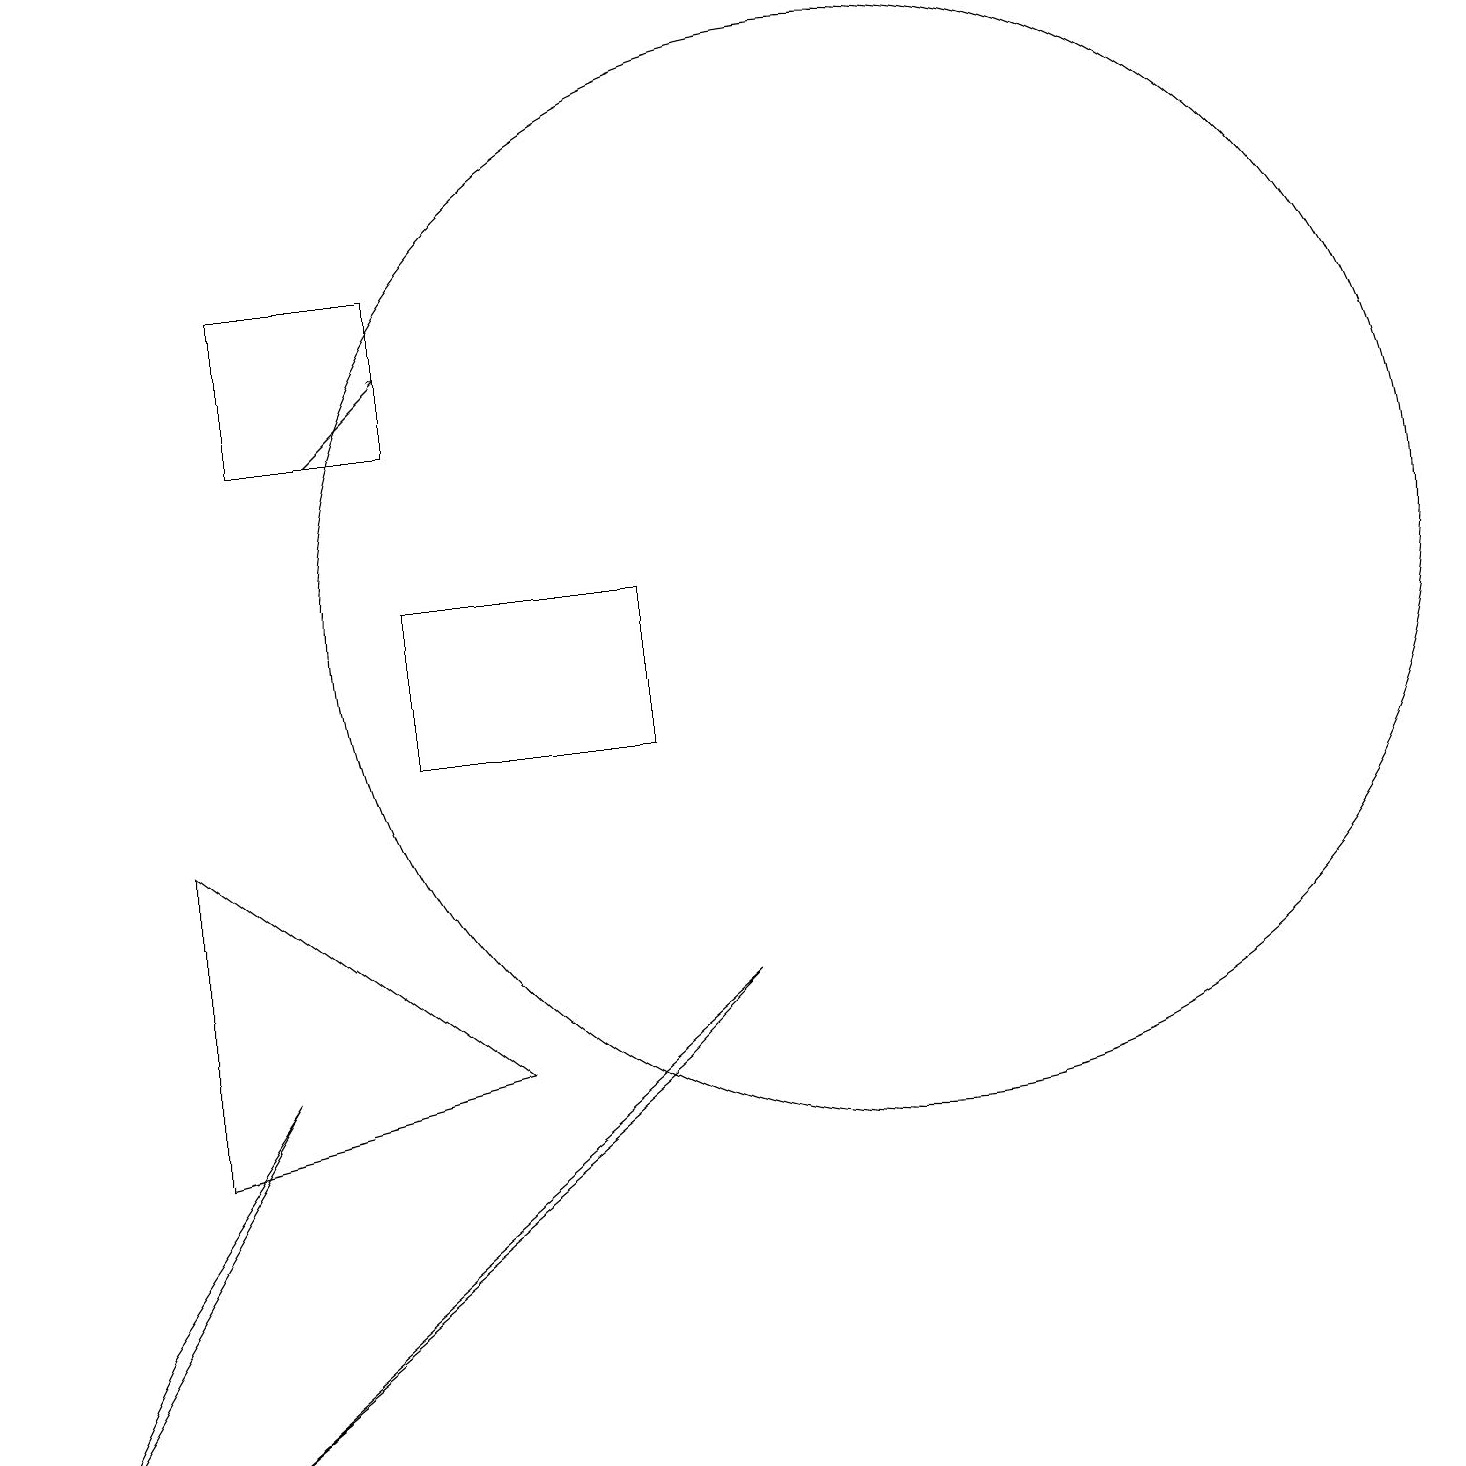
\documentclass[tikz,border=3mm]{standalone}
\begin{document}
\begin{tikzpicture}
\draw (8,6) -- (9,7) -- (2,1) -- cycle;
\draw (3,14) rectangle (5,16);
\draw (8,10) rectangle (5,12);
\draw (2,9) -- (6,6) -- (2,5) -- cycle;
\draw (11,12) circle (0);
\draw[->] (4,14) -- (5,15);
\draw (0,1) -- (1,3) -- (3,6) -- cycle;
\draw (11,12) circle (7);
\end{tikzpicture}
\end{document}